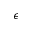
\epsilon